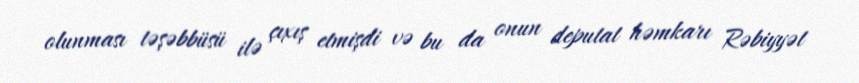
olunması təşəbbüsü ilə çıxış etmişdi və bu da onun deputat həmkarı Rəbiyyət